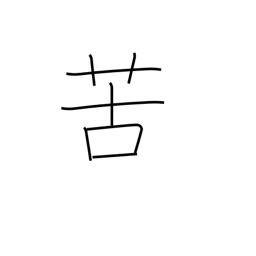
Meaning: feel bitter